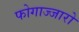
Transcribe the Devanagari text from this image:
फोगाज्जारो